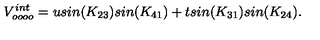
V _ { o o o o } ^ { i n t } = u s i n ( K _ { 2 3 } ) s i n ( K _ { 4 1 } ) + t s i n ( K _ { 3 1 } ) s i n ( K _ { 2 4 } ) .